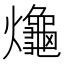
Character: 𪚱